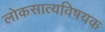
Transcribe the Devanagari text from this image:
लोकसात्यविषयक